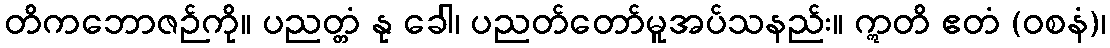
တိကဘောဇဉ်ကို။ ပညတ္တံ နု ခေါ၊ ပညတ်တော်မူအပ်သနည်း။ ဣတိ ဧတံ (ဝစနံ)၊